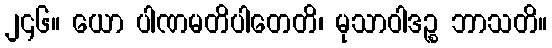
၂၄၆။ ယော ပါဏမတိပါတေတိ၊ မုသာဝါဒဉ္စ ဘာသတိ။